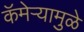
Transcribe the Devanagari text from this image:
कॅमेऱ्यामुळे